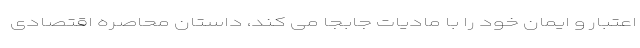
اعتبار و ایمان خود را با مادیات جابجا می کند، داستان محاصره اقتصادی